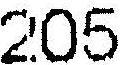
205